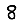
Digit: 8